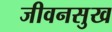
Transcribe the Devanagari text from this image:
जीवनसुख